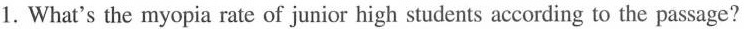
1. What's the myopia rate of junior high students according to the passage?